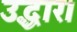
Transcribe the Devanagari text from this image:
उद्धार।